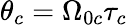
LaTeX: \theta_{c}=\Omega_{0c}\tau_{c}